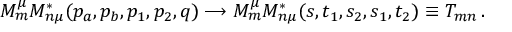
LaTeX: { \cal M } _ { m } ^ { \mu } { \cal M } _ { n \mu } ^ { * } ( p _ { a } , p _ { b } , p _ { 1 } , p _ { 2 } , q ) \longrightarrow { \cal M } _ { m } ^ { \mu } { \cal M } _ { n \mu } ^ { * } ( s , t _ { 1 } , s _ { 2 } , s _ { 1 } , t _ { 2 } ) \equiv T _ { m n } \, .